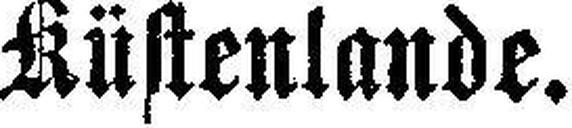
Küstenlande.